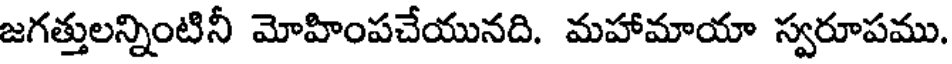
జగత్తులన్నింటినీ మోహింపచేయునది. మహామాయా స్వరూపము.